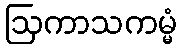
ဩကာသကမ္မံ